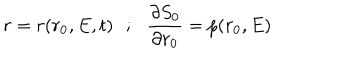
LaTeX: r = r ( r _ { 0 } , E , t ) \: \: \: ; \: \: \: \frac { \partial S _ { 0 } } { \partial r _ { 0 } } = p ( r _ { 0 } , E )